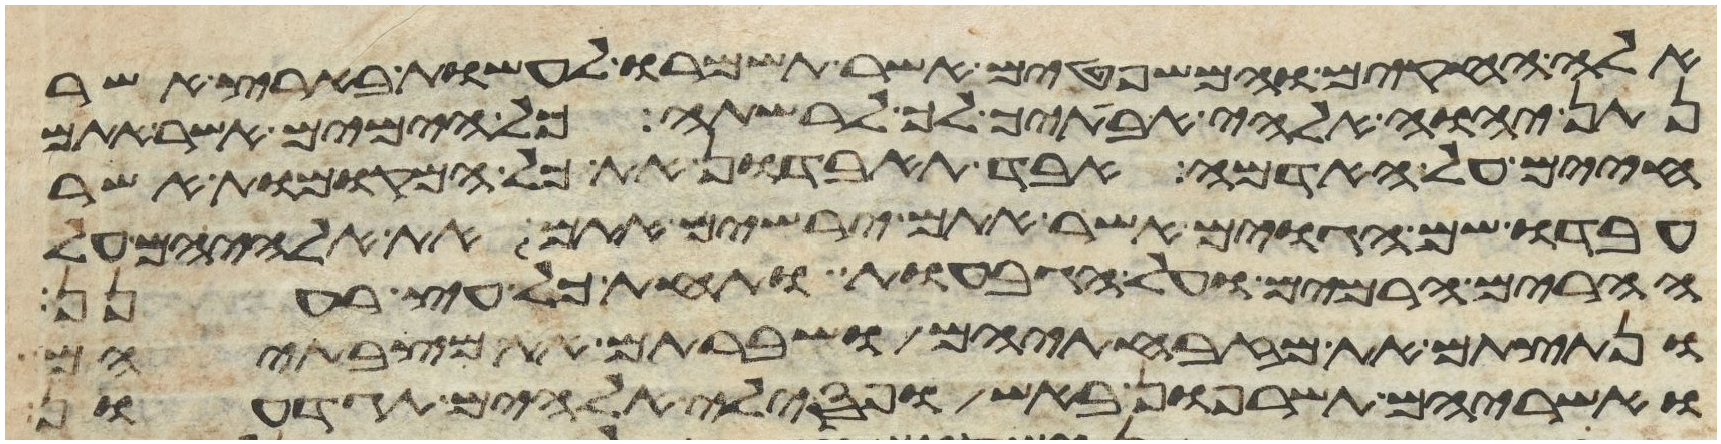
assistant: אלה החקים והמשפטים אשר תשמרו לעשות בארץ אשר
נתן יהוה אלהי אבתיך לך לרשתה כל הימים אשר אתם
חיים על האדמה אבד תאבדון את כל המקומות אשר
עבדו שם הגוים אשר אתם ירשים אתם את אלהיהם על
ההרים הרמים ועל הגבעות ותחת כל עץ רענן
ונתצתם את מזבחתיהם ושברתם את מצבתיהם
ואשריהם תשרפון באש ופסילי אלהיהם תגדעון